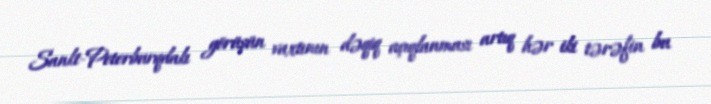
Sankt-Peterburqdakı görüşün vaxtının dəqiq açıqlanması artıq hər iki tərəfin bu